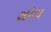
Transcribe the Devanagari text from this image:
अरेअ